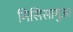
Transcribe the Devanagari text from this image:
मिसिसागुआ